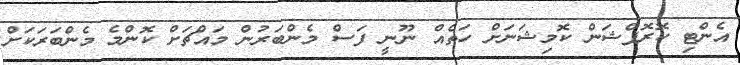
އެންޓި ކޮރޮޕްޝަން ކޮމިޝަނަށް ހަތެއް ނޫނީ ފަސް މެންބަރުން މައްޗަށް ކޮންމެ މެންބަރަކަށް